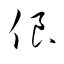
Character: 俍